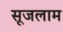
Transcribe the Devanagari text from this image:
सूजलाम